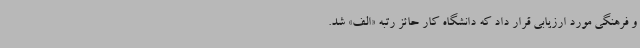
و فرهنگی مورد ارزیابی قرار داد که دانشگاه کار حائز رتبه «الف» شد.